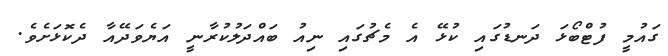
ގައުމީ ފުޓްބޯޅަ ދަނޑުގައި ކުޅޭ އެ މެޗުގައި ނިއު ބައްދަލުކުރާނީ އަޔެވަދޭއާ ދެކޮޅަށެވެ.